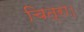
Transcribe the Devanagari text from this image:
चित्रा।